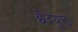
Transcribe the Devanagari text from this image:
छेदयुक्त